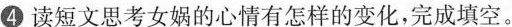
④读短文思考女娲的心情有怎样的变化，完成填空。